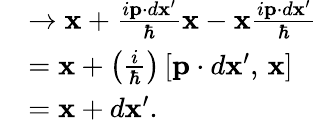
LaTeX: \begin{array}{rl}&{\to\mathbf x+\frac{i\mathbf p\cdot d\mathbf{x}^{\prime}}{\hbar}\mathbf x-\mathbf x\frac{i\mathbf p\cdot d\mathbf{x}^{\prime}}{\hbar}}\\ &{=\mathbf x+\left(\frac{i}{\hbar}\right)\left[\mathbf p\cdot d\mathbf x^{\prime},\, \mathbf x\right]}\\ &{=\mathbf x+d\mathbf x^{\prime}.}\end{array}